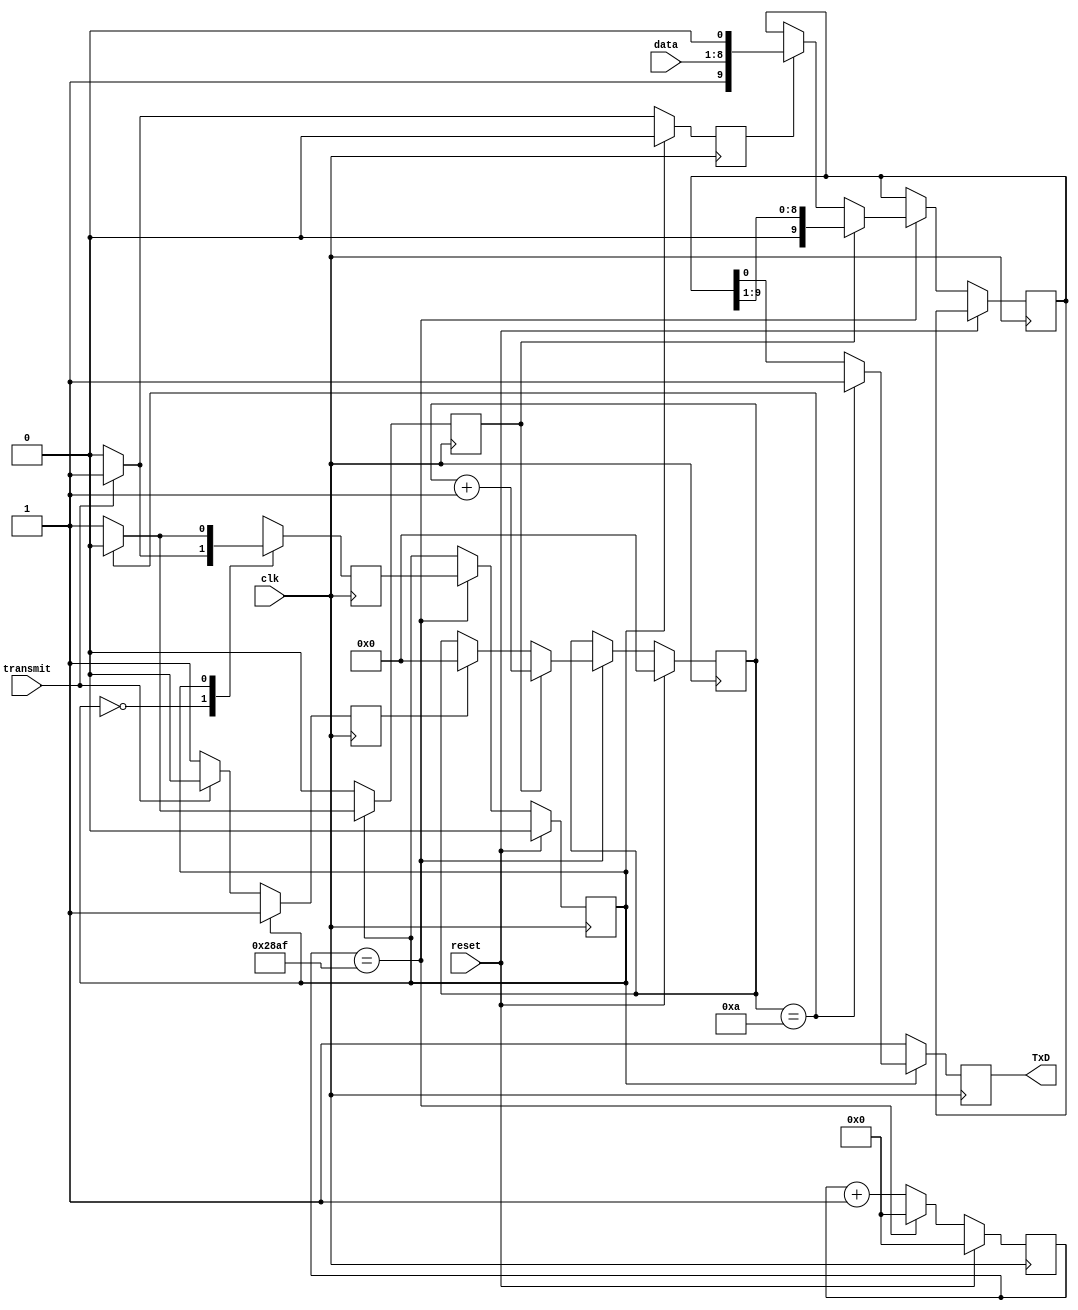
`timescale 1ns / 1ps

module Transmitter(clk,data,transmit,reset,TxD);
input clk;
input [7:0]data;
input transmit;
input reset;
output reg TxD;

//internal variables
reg [3:0] bit_counter;
reg [13:0] baudrate_counter;
reg [9:0] shiftright_register;
reg state, next_state;// idle state=0 and transmitting state=1
reg shift;//to shift the signal to start shifting the bits in uart
reg load;// to start loading the data into the shiftright register also add start and stop bits
reg clear;// to reset the bit_counter for uart transmission


//UART transmission
always@(posedge clk)
begin
	if(reset)
	begin
	state<=0;//state is idle meaning it is not transmitting the data at this point
	bit_counter<=0;
	baudrate_counter<=0;
	end

   else 
	begin
	baudrate_counter<=baudrate_counter+1;
	if(baudrate_counter==10415)    /// For baud rate of 9600
	begin
	state<=next_state;
	baudrate_counter<=0;

		if(load)
		shiftright_register<={1'b1,data,1'b0};
		if(clear)
		bit_counter<=0;
		if(shift)
		begin
		shiftright_register<=shiftright_register>>1;
		bit_counter<=bit_counter+1;
		end
	end
	end
end

//Melay Machine,state machine

always@(posedge clk)
begin
load<=0;
shift<=0;
clear<=1;
TxD<=1;

case(state)
0:begin //idle state, no transmission
  if(transmit)
  begin
  next_state<=1;
  load<=1;
  shift<=0;
  clear<=0;
  end
  
  else
  begin
  next_state<=0;
  TxD<=1;
  end
 end
  
1:begin//transmiting state
  if(bit_counter==10)
  begin
  next_state<=0;//switch from transmission mode to idle mode
  clear<=1;
  end
  else
  begin
  next_state<=1;
  TxD<=shiftright_register[0];
  shift<=1;
  end
  end
default:next_state<=0;
endcase
end 
endmodule